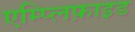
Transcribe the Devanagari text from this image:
एम्प्लिफ़ाइड